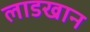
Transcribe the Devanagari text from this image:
लाडखान